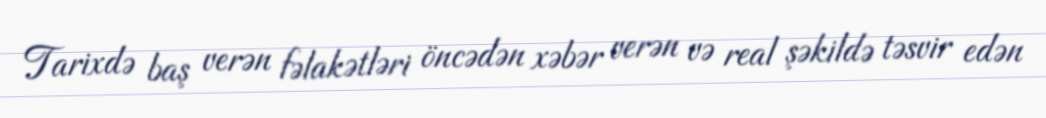
Tarixdə baş verən fəlakətləri öncədən xəbər verən və real şəkildə təsvir edən